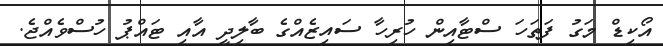
އޯކިޑް މަގު ފަތަހަ ސްޓާއިން ހުރިހާ ސައިޒެއްގެ ބާލިދީ އާއި ޓައްޕު ހުސްވެއްޖެ.